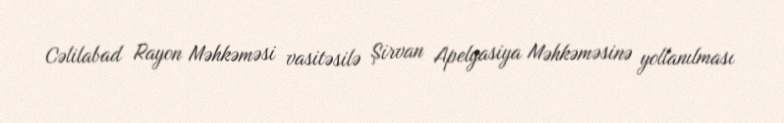
Cəlilabad Rayon Məhkəməsi vasitəsilə Şirvan Apelyasiya Məhkəməsinə yollanılması